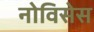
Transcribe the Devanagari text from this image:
नोविसेस